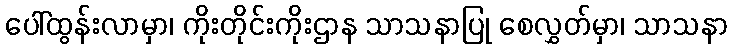
ပေါ်ထွန်းလာမှာ၊ ကိုးတိုင်းကိုးဌာန သာသနာပြု စေလွှတ်မှာ၊ သာသနာ